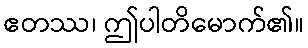
ဧတဿ၊ ဤပါတိမောက်၏။